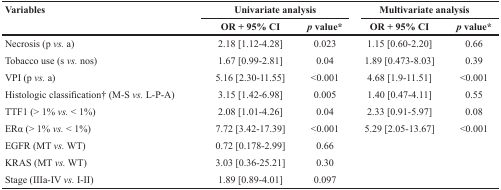
<table><thead><tr><td rowspan="2"><b>Variables</b></td><td colspan="2"><b>Univariate analysis</b></td><td colspan="2"><b>Multivariate analysis</b></td></tr><tr><td><b>OR + 95% CI</b></td><td><b><i>p</i> value*</b></td><td><b>OR + 95% CI</b></td><td><b><i>p</i> value*</b></td></tr></thead><tbody><tr><td>Necrosis (p <i>vs.</i> a)</td><td>2.18 [1.12-4.28]</td><td>0.023</td><td>1.15 [0.60-2.20]</td><td>0.66</td></tr><tr><td>Tobacco use (s <i>vs.</i> nos)</td><td>1.67 [0.99-2.81]</td><td>0.04</td><td>1.89 [0.473-8.03]</td><td>0.39</td></tr><tr><td>VPI (p <i>vs.</i> a)</td><td>5.16 [2.30-11.55]</td><td>&lt;0.001</td><td>4.68 [1.9-11.51]</td><td>&lt;0.001</td></tr><tr><td>Histologic classification† (M-S <i>vs.</i> L-P-A)</td><td>3.15 [1.42-6.98]</td><td>0.005</td><td>1.40 [0.47-4.11]</td><td>0.55</td></tr><tr><td>TTF1 (&gt; 1% <i>vs.</i> &lt; 1%)</td><td>2.08 [1.01-4.26]</td><td>0.04</td><td>2.33 [0.91-5.97]</td><td>0.08</td></tr><tr><td>ERα (&gt; 1% <i>vs.</i> &lt; 1%)</td><td>7.72 [3.42-17.39]</td><td>&lt;0.001</td><td>5.29 [2.05-13.67]</td><td>&lt;0.001</td></tr><tr><td>EGFR (MT <i>vs.</i> WT)</td><td>0.72 [0.178-2.99]</td><td>0.66</td><td></td><td></td></tr><tr><td>KRAS (MT <i>vs.</i> WT)</td><td>3.03 [0.36-25.21]</td><td>0.30</td><td></td><td></td></tr><tr><td>Stage (IIIa-IV <i>vs.</i> I-II)</td><td>1.89 [0.89-4.01]</td><td>0.097</td><td></td><td></td></tr></tbody></table>